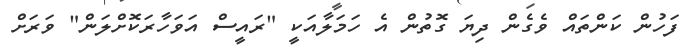
ފަހުން ކަންތައް ވެގެން ދިޔަ ގޮތުން އެ ހަމަލާއަކީ "ރައީސް އަވަހާރަކޮށްލަން" ވަރަށް